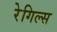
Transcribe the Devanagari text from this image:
रेगिल्स